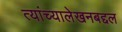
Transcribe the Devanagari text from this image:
त्यांच्यालेखनबद्दल